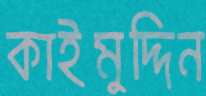
কাইমুদ্দিন